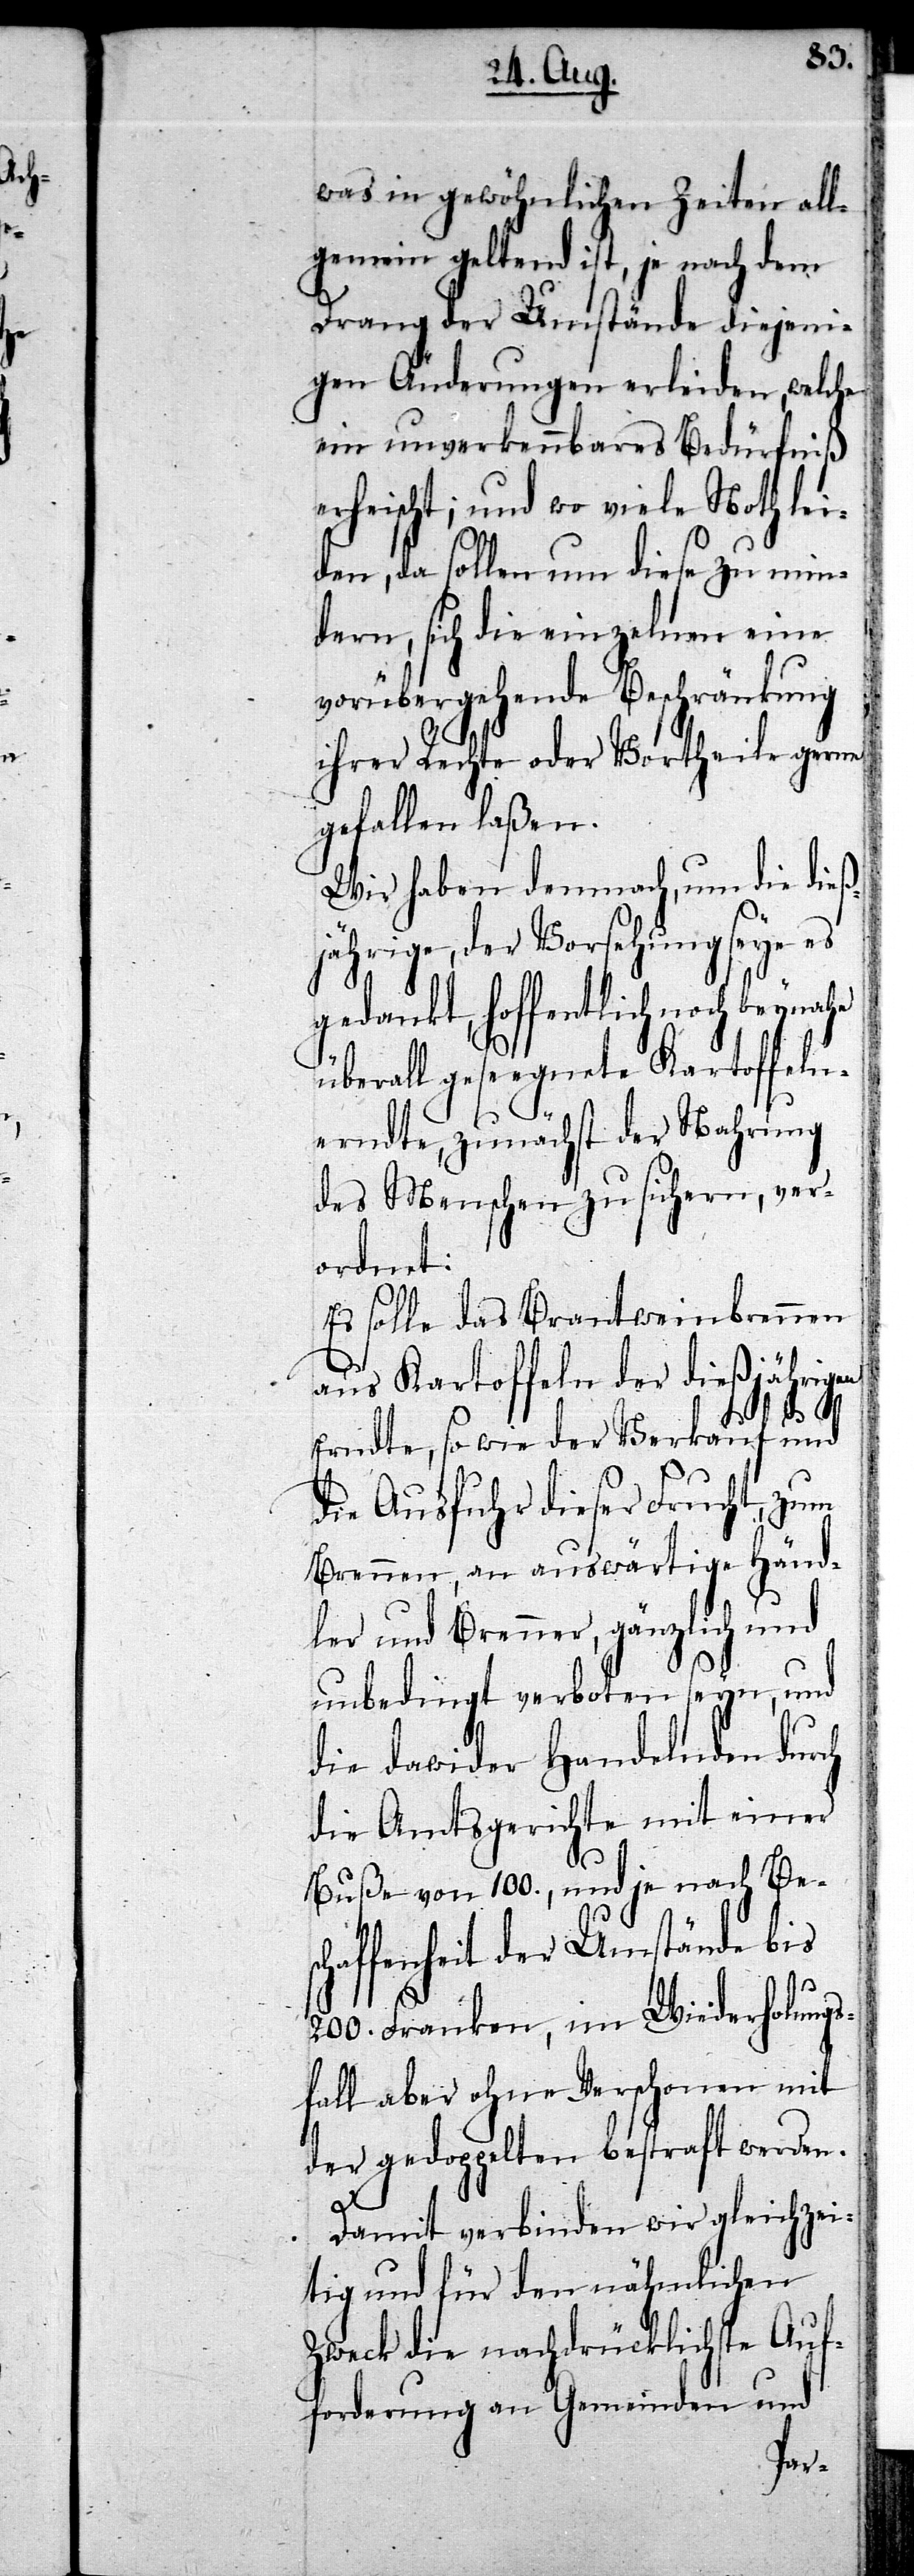
was in gewöhnlichen Zeiten all¬
gemein geltend ist, je nach dem
Drang der Umstände diejeni¬
gen Änderungen erleiden, welche
ein unverkennbares Bedürfniß
erheischt; und wo viele Noth lei¬
den, da sollen um diese zu min¬
dern, sich die einzelnen eine
vorübergehende Beschränkung
ihrer Rechte oder Vortheile gerne
gefallen laßen.
Wir haben demnach, um die dieß¬
jährige, der Vorsehung seye es
gedankt, hoffentlich noch beynahe
überall geseegnete Kartoffeln¬
erndte, zunächst der Nahrung
des Menschen zu sichern, ver¬
ordnet:
Es solle das Brantweinbrennen
aus Kartoffeln der dießjährigen
Erndte, so wie der Verkauf und
die Ausfuhr dieser Frucht, zum
Brennen, an auswärtige Händ¬
ler und Brenner, gänzlich und
unbedingt verboten seyn, und
die dawider Handelnden durch
die Amtsgerichte mit einer
Buße von 100., und je nach Be¬
schaffenheit der Umstände bis
200. Franken, im Wiederholungs¬
fall aber ohne Verschonen mit
der gedoppelten bestraft werden.
Damit verbinden wir gleichzei¬
tig und für den nähmlichen
Zweck die nachdrücklichste Auf¬
forderung an Gemeinden und